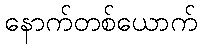
နောက်တစ်ယောက်